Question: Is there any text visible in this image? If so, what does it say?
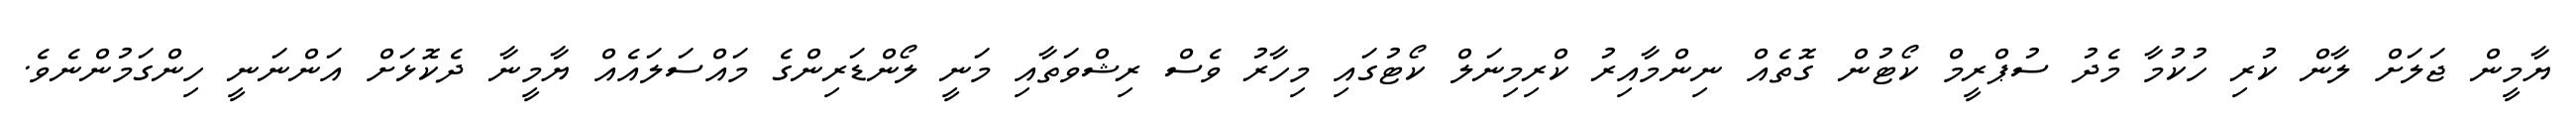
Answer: ޔާމީން ޖަލަށް ލާން ކުރި ހުކުމާ މެދު ސުޕްރީމް ކޯޓުން ގޮތެއް ނިންމާއިރު ކްރިމިނަލް ކޯޓުގައި މިހާރު ވެސް ރިޝްވަތާއި މަނީ ލޯންޑަރިންގެ މައްސަލައެއް ޔާމީނާ ދެކޮޅަށް އަންނަނީ ހިންގަމުންނެވެ.